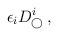
LaTeX: \begin{align*}\epsilon_i D^i_{\bigcirc} \, , \end{align*}